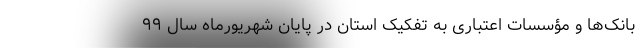
بانک‌ها و مؤسسات اعتباری به تفکیک استان در پایان شهریورماه سال ۹۹